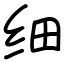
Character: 细